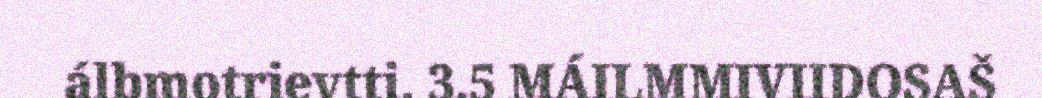
álbmotrievtti. 3.5 MÁILMMIVIIDOSAŠ